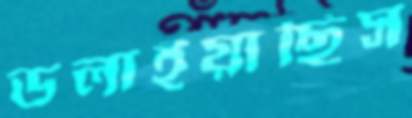
ডলাইয়াছিস